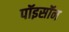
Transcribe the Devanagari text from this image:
पॉइसॉन